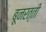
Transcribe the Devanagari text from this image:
बूनरत्ती